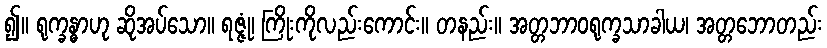
၍။ ရုက္ခန္ဓာဟု ဆိုအပ်သော။ ရဇ္ဇုံ၊ ကြိုးကိုလည်းကောင်း။ တနည်း။ အတ္တဘာဝရုက္ခသာခါယ၊ အတ္တဘောတည်း